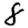
Digit: 8